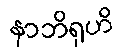
နာဘိရုဟိ